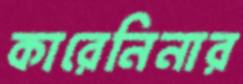
কারেনিনার